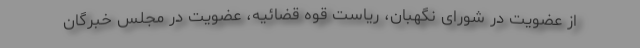
از عضویت در شورای نگهبان، ریاست قوه قضائیه، عضویت در مجلس خبرگان